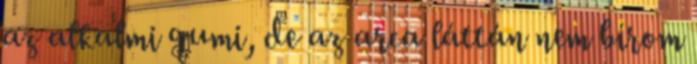
az alkalmi gumi, de az arca láttán nem bírom